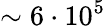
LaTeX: \sim 6\cdot 10^{5}